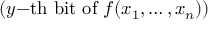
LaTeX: ( y { \mathrm { - t h ~ b i t ~ o f ~ } } f ( x _ { 1 } , \ldots , x _ { n } ) )